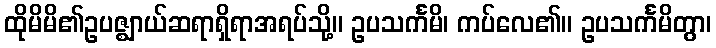
ထိုမိမိ၏ဥပဇ္ဈာယ်ဆရာရှိရာအရပ်သို့။ ဥပသင်္ကမိ၊ ကပ်လေ၏။ ဥပသင်္ကမိတွာ၊